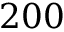
2 0 0